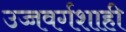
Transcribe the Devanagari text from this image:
उच्चवर्गशाही